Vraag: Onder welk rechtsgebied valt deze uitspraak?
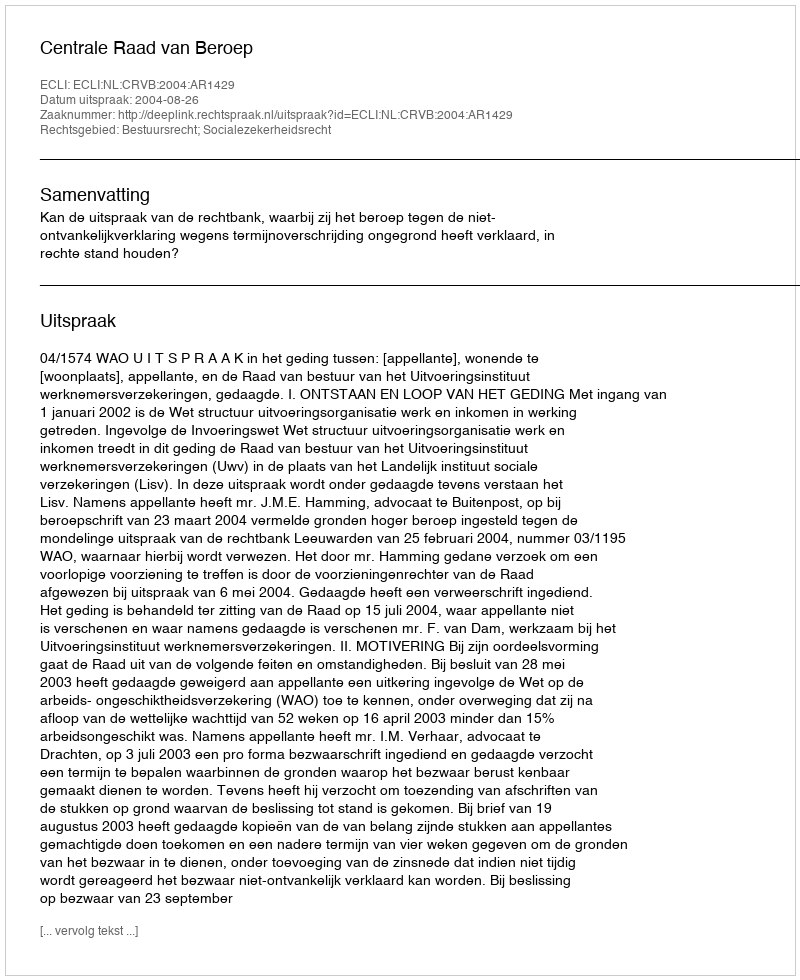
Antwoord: Bestuursrecht; Socialezekerheidsrecht